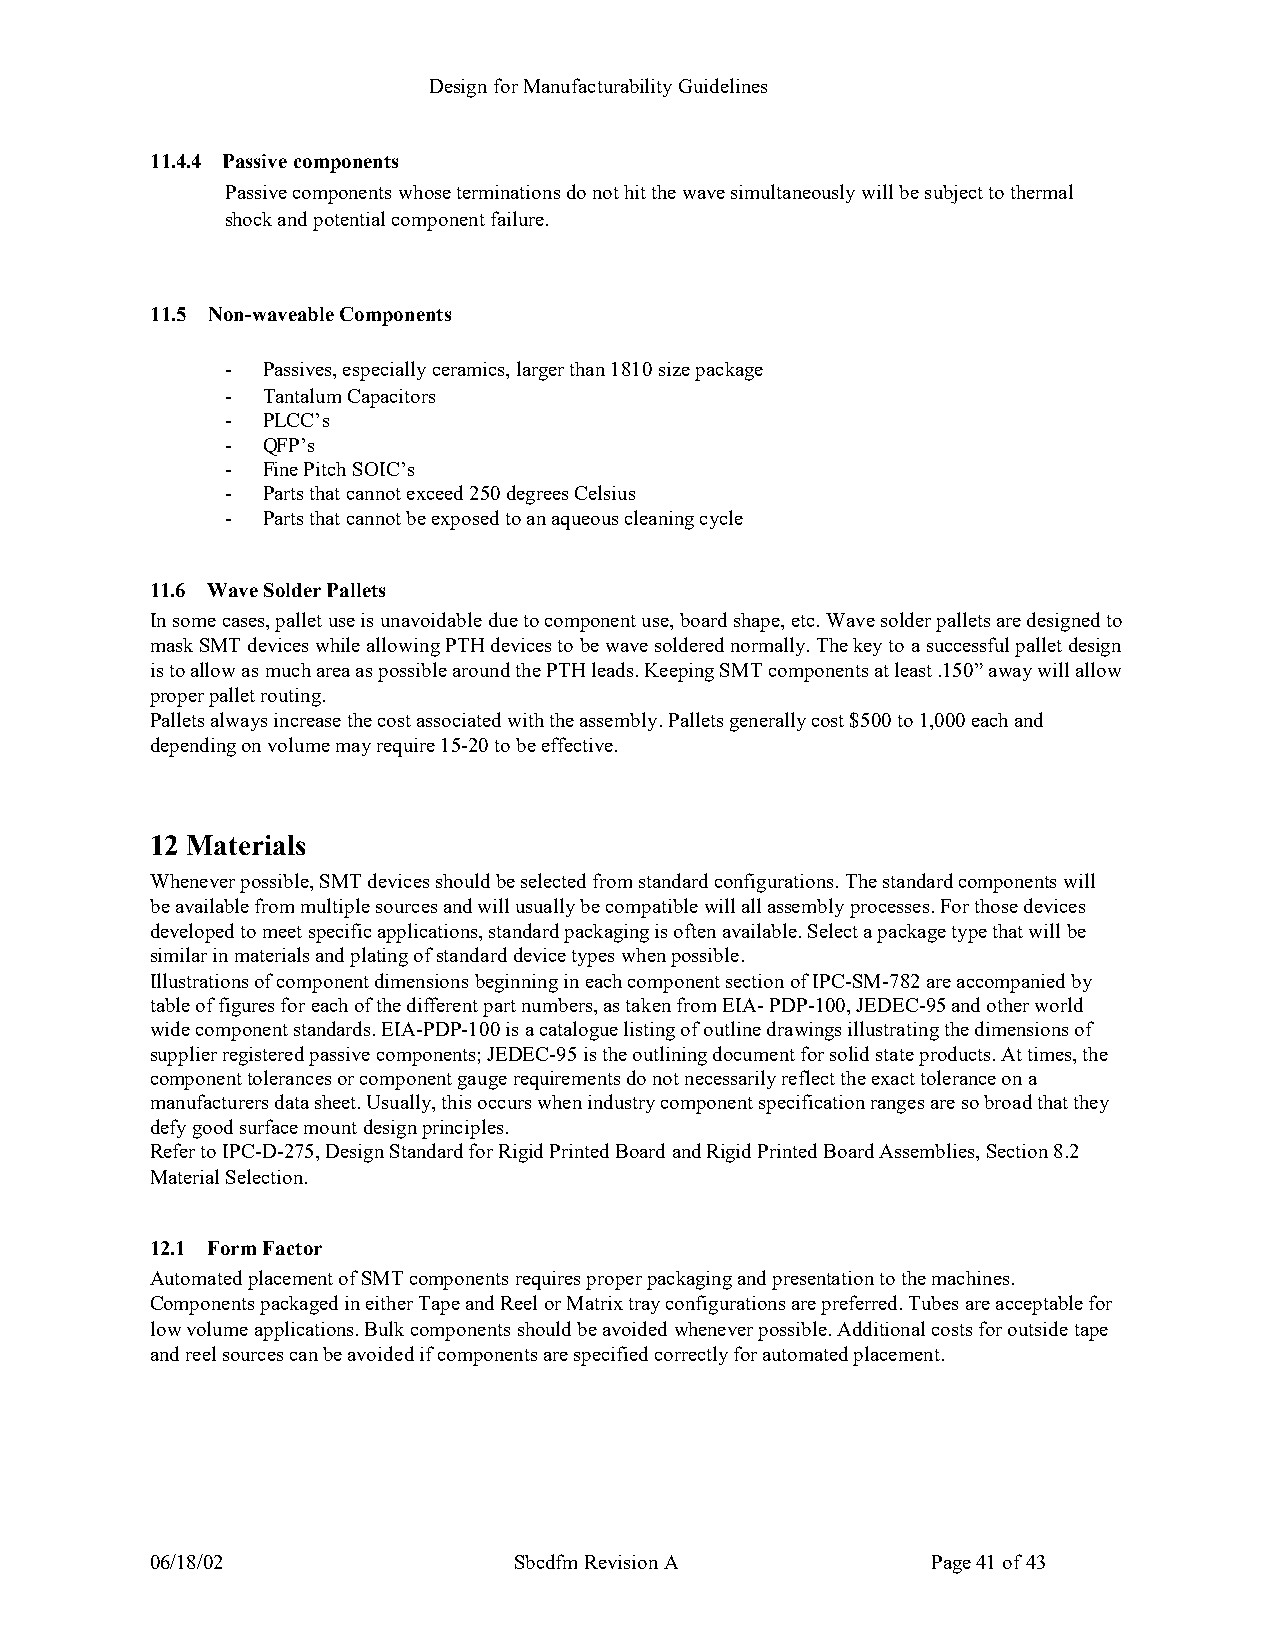
Design for Manufacturability Guidelines
 11.4.4 Passive components
 Passive components whose terminations do not hit the wave simultaneously will be subject to thermal
 shock and potential component failure.
 11.5 Non-waveable Components
 - Passives, especially ceramics, larger than 1810 size package
 - Tantalum Capacitors
 - PLCC’s
 - QFP’s
 - Fine Pitch SOIC’s
 - Parts that cannot exceed 250 degrees Celsius
 - Parts that cannot be exposed to an aqueous cleaning cycle
 11.6 Wave Solder Pallets
 In some cases, pallet use is unavoidable due to component use, board shape, etc. Wave solder pallets are designed to
 mask SMT devices while allowing PTH devices to be wave soldered normally. The key to a successful pallet design
 is to allow as much area as possible around the PTH leads. Keeping SMT components at least .150” away will allow
 proper pallet routing.
 Pallets always increase the cost associated with the assembly. Pallets generally cost $500 to 1,000 each and
 depending on volume may require 15-20 to be effective.
 12 Materials
 Whenever possible, SMT devices should be selected from standard configurations. The standard components will
 be available from multiple sources and will usually be compatible will all assembly processes. For those devices
 developed to meet specific applications, standard packaging is often available. Select a package type that will be
 s imilar in materials and plating of standard device types when possible.
 Illustrations of component dimensions beginning in each component section of IPC-SM-782 are accompanied by
 table of figures for each of the different part numbers, as taken from EIA- PDP-100, JEDEC-95 and other world
 wide component standards. EIA-PDP-100 is a catalogue listing of outline drawings illustrating the dimensions of
 supplier registered passive components; JEDEC-95 is the outlining document for solid state products. At times, the
 component tolerances or component gauge requirements do not necessarily reflect the exact tolerance on a
 manufacturers data sheet. Usually, this occurs when industry component specification ranges are so broad that they
 d efy good surface mount design principles.
 Refer to IPC-D-275, Design Standard for Rigid Printed Board and Rigid Printed Board Assemblies, Section 8.2
 Material Selection.
 12.1 Form Factor
 Automated placement of SMT components requires proper packaging and presentation to the machines.
 Components packaged in either Tape and Reel or Matrix tray configurations are preferred. Tubes are acceptable for
 low volume applications. Bulk components should be avoided whenever possible. Additional costs for outside tape
 and reel sources can be avoided if components are specified correctly for automated placement.
 06/18/02                Sbcdfm Revision A           Page 41 of 43